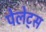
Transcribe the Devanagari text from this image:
पेलेट्स